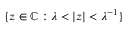
\{ z \in \mathbb { C } : \lambda < | z | < \lambda ^ { - 1 } \}